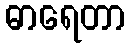
ဓာရေတာ